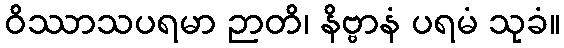
ဝိဿာသပရမာ ဉာတိ၊ နိဗ္ဗာနံ ပရမံ သုခံ။